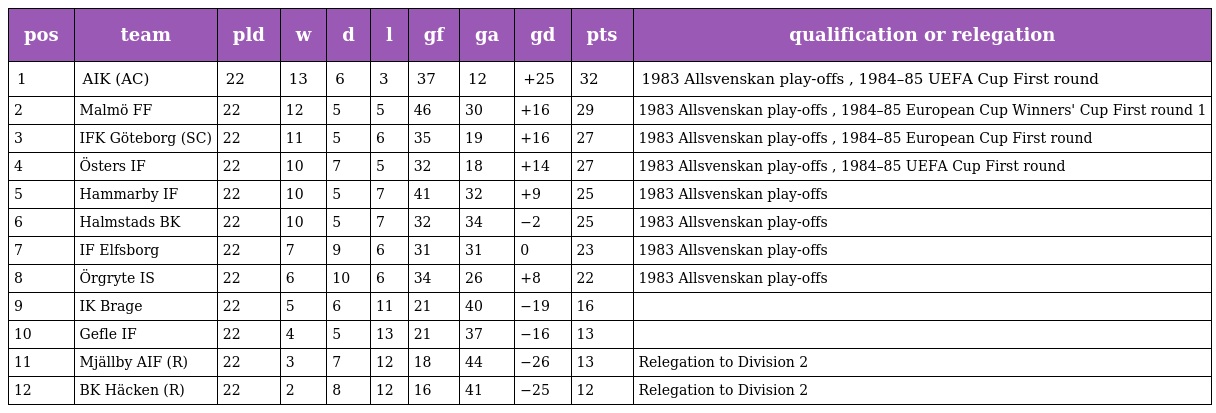
| pos | team | pld | w | d | l | gf | ga | gd | pts | qualification or relegation |
 | --- | --- | --- | --- | --- | --- | --- | --- | --- | --- | --- |
 | 1 | AIK (AC) | 22 | 13 | 6 | 3 | 37 | 12 | +25 | 32 | 1983 Allsvenskan play-offs , 1984–85 UEFA Cup First round |
 | 2 | Malmö FF | 22 | 12 | 5 | 5 | 46 | 30 | +16 | 29 | 1983 Allsvenskan play-offs , 1984–85 European Cup Winners' Cup First round 1 |
 | 3 | IFK Göteborg (SC) | 22 | 11 | 5 | 6 | 35 | 19 | +16 | 27 | 1983 Allsvenskan play-offs , 1984–85 European Cup First round |
 | 4 | Östers IF | 22 | 10 | 7 | 5 | 32 | 18 | +14 | 27 | 1983 Allsvenskan play-offs , 1984–85 UEFA Cup First round |
 | 5 | Hammarby IF | 22 | 10 | 5 | 7 | 41 | 32 | +9 | 25 | 1983 Allsvenskan play-offs |
 | 6 | Halmstads BK | 22 | 10 | 5 | 7 | 32 | 34 | −2 | 25 | 1983 Allsvenskan play-offs |
 | 7 | IF Elfsborg | 22 | 7 | 9 | 6 | 31 | 31 | 0 | 23 | 1983 Allsvenskan play-offs |
 | 8 | Örgryte IS | 22 | 6 | 10 | 6 | 34 | 26 | +8 | 22 | 1983 Allsvenskan play-offs |
 | 9 | IK Brage | 22 | 5 | 6 | 11 | 21 | 40 | −19 | 16 |  |
 | 10 | Gefle IF | 22 | 4 | 5 | 13 | 21 | 37 | −16 | 13 |  |
 | 11 | Mjällby AIF (R) | 22 | 3 | 7 | 12 | 18 | 44 | −26 | 13 | Relegation to Division 2 |
 | 12 | BK Häcken (R) | 22 | 2 | 8 | 12 | 16 | 41 | −25 | 12 | Relegation to Division 2 |